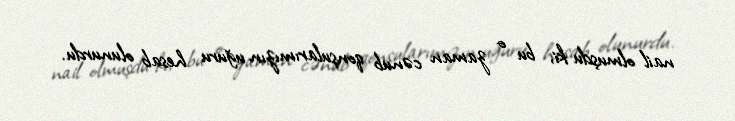
nail olmuşdu ki, bu o zaman cənub qonşularımızın uğuru hesab olunurdu.